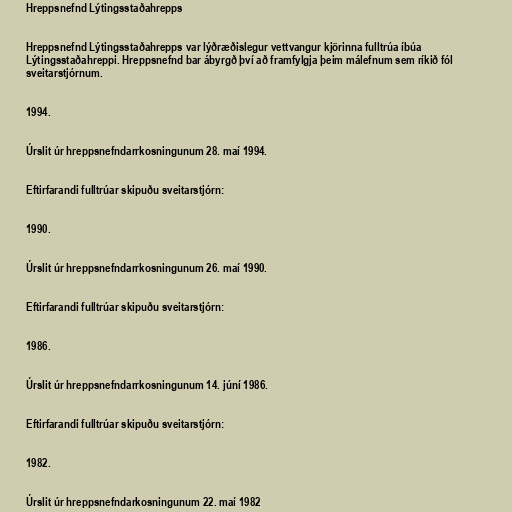
Hreppsnefnd Lýtingsstaðahrepps

Hreppsnefnd Lýtingsstaðahrepps var lýðræðislegur vettvangur kjörinna fulltrúa íbúa
Lýtingsstaðahreppi. Hreppsnefnd bar ábyrgð því að framfylgja þeim málefnum sem ríkið fól
sveitarstjórnum.

1994.

Úrslit úr hreppsnefndarrkosningunum 28. maí 1994.

Eftirfarandi fulltrúar skipuðu sveitarstjórn:

1990.

Úrslit úr hreppsnefndarrkosningunum 26. maí 1990.

Eftirfarandi fulltrúar skipuðu sveitarstjórn:

1986.

Úrslit úr hreppsnefndarrkosningunum 14. júní 1986.

Eftirfarandi fulltrúar skipuðu sveitarstjórn:

1982.

Úrslit úr hreppsnefndarkosningunum 22. maí 1982